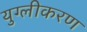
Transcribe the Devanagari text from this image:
युग्लीकरण